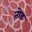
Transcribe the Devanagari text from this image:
त़ोड